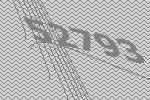
52793